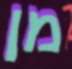
מן